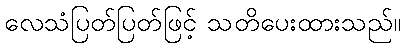
လေသံပြတ်ပြတ်ဖြင့် သတိပေးထားသည်။